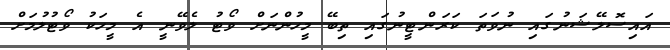
އައިސޮލޭޝަނުގައި ނުވަތަ ކަރަންޓީނުގައި ތިބޭ މީހުންނަށް ވޯޓު ލެވޭނީ އެ މީހަކު ވޯޓުލުމަށް